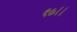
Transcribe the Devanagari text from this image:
९७।।